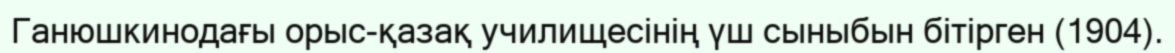
Ганюшкинодағы орыс-қазақ училищесінің үш сыныбын бітірген (1904).